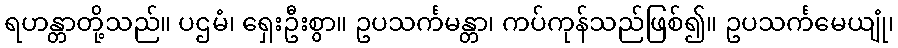
ရဟန္တာတို့သည်။ ပဌမံ၊ ရှေးဦးစွာ။ ဥပသင်္ကမန္တာ၊ ကပ်ကုန်သည်ဖြစ်၍။ ဥပသင်္ကမေယျုံ၊